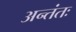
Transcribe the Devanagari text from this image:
अन्तंतः